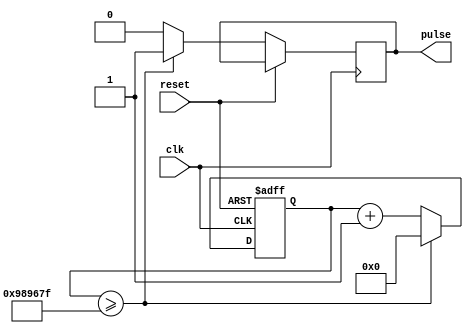
`timescale 1ns / 1ps

module pulse_0p1sec (

		     input	clk,
		     input	reset,
		     output reg	pulse
		     );
   
   // 100MHz clock divide by 10 million - needs 24 bits
       reg [23:0]   div_cnt;
       
       always @(posedge clk or posedge reset)
         if (reset) begin
           div_cnt <= 0;
         end else begin
           if (div_cnt >= 9999999)
         begin
            div_cnt <= 0;
            pulse <= 1;
         end
           else
         begin
            div_cnt <= div_cnt + 1;
            pulse <= 0;
         end
    end
   
endmodule